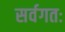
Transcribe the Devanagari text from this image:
सर्वगतः